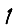
Digit: 1